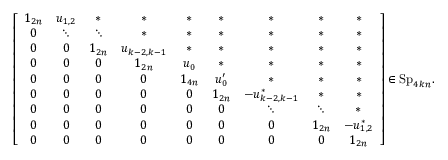
\left[ \begin{array} { c c c c c c c c c } { 1 _ { 2 n } } & { u _ { 1 , 2 } } & { \ast } & { \ast } & { \ast } & { \ast } & { \ast } & { \ast } & { \ast } \\ { 0 } & { \ddots } & { \ddots } & { \ast } & { \ast } & { \ast } & { \ast } & { \ast } & { \ast } \\ { 0 } & { 0 } & { 1 _ { 2 n } } & { u _ { k - 2 , k - 1 } } & { \ast } & { \ast } & { \ast } & { \ast } & { \ast } \\ { 0 } & { 0 } & { 0 } & { 1 _ { 2 n } } & { u _ { 0 } } & { \ast } & { \ast } & { \ast } & { \ast } \\ { 0 } & { 0 } & { 0 } & { 0 } & { 1 _ { 4 n } } & { u _ { 0 } ^ { \prime } } & { \ast } & { \ast } & { \ast } \\ { 0 } & { 0 } & { 0 } & { 0 } & { 0 } & { 1 _ { 2 n } } & { - u _ { k - 2 , k - 1 } ^ { \ast } } & { \ast } & { \ast } \\ { 0 } & { 0 } & { 0 } & { 0 } & { 0 } & { 0 } & { \ddots } & { \ddots } & { \ast } \\ { 0 } & { 0 } & { 0 } & { 0 } & { 0 } & { 0 } & { 0 } & { 1 _ { 2 n } } & { - u _ { 1 , 2 } ^ { \ast } } \\ { 0 } & { 0 } & { 0 } & { 0 } & { 0 } & { 0 } & { 0 } & { 0 } & { 1 _ { 2 n } } \end{array} \right] \in \mathrm { S p } _ { 4 k n } .